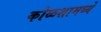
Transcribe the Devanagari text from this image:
कोळशामध्ये